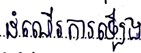
ដំណើរការឡើង